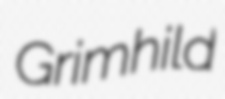
Grimhild